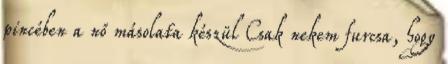
pincében a nő másolata készül Csak nekem furcsa, hogy